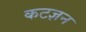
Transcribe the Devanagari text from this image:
कटज्ञन